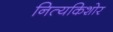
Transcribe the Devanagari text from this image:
नित्यकिशोर